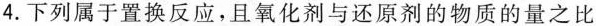
4.下列属于置换反应，且氧化剂与还原剂的物质的量之比